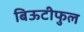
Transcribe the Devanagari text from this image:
बिऊटीफुल